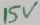
Text: 15V